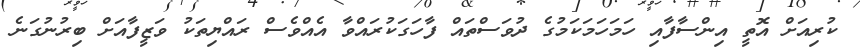
ކުރިއަށް އޮތީ އިންސާފާއި ހަމަހަމަކަމުގެ ދުވަސްތައް ފާހަގަކުރައްވާ އެއްވެސް ރައްޔިތަކު ވަޒީފާއަށް ބިރުނުގަނެ